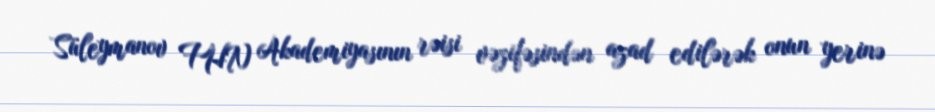
Süleymanov FHN Akademiyasının rəisi vəzifəsindən azad edilərək onun yerinə